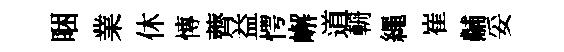
睏業休慱薺益愕嶰道輈繩崔黼妥